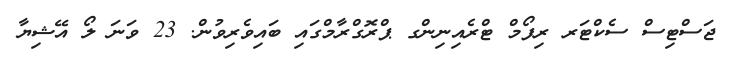
ޖަސްޓިސް ސެކްޓަރ ރިފޯމް ޓްރެއިނިންގ ޕްރޮގްރާމްގައި ބައިވެރިވުން. 23 ވަނަ ލޯ އޭޝިޔާ